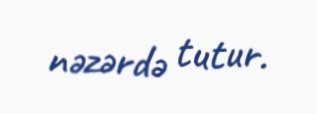
nəzərdə tutur.